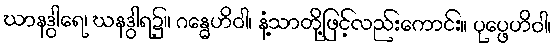
ဃာနဒွါရေ၊ ဃနဒွါရ၌။ ဂန္ဓေဟိဝါ၊ နံ့သာတို့ဖြင့်လည်းကောင်း။ ပုပ္ဖေဟိဝါ၊